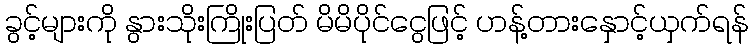
ခွင့်များကို နွားသိုးကြိုးပြတ် မိမိပိုင်ငွေဖြင့် ဟန့်တားနှောင့်ယှက်ရန်